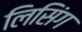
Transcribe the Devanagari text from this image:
लिसिंग